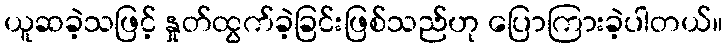
ယူဆခဲ့သဖြင့် နှုတ်ထွက်ခဲ့ခြင်းဖြစ်သည်ဟု ပြောကြားခဲ့ပါတယ်။